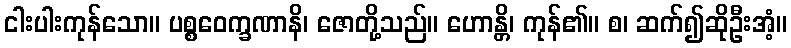
ငါးပါးကုန်သော။ ပစ္စဝေက္ခဏာနိ၊ ဇောတို့သည်။ ဟောန္တိ၊ ကုန်၏။ စ၊ ဆက်၍ဆိုဦးအံ့။